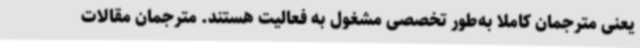
یعنی مترجمان کاملا به‌طور تخصصی مشغول به فعالیت هستند. مترجمان مقالات